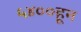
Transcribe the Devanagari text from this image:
५४००हून